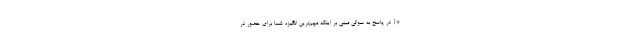
*{ در پاسخ به سوالی مبنی بر اینکه مهم‌ترین انگیزه شما برای حضور در